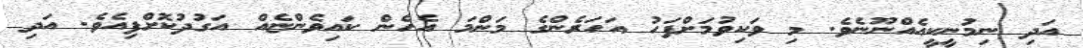
އަދި ނިމުނީކީއެއްނޫނެވެ. މި ވަކިވުމަށްފަހު އަހަރެންގެ މަންމަ އެހެން ކައިވެންޏެއް އަގުދުކޮށްފިއެވެ. އަދި